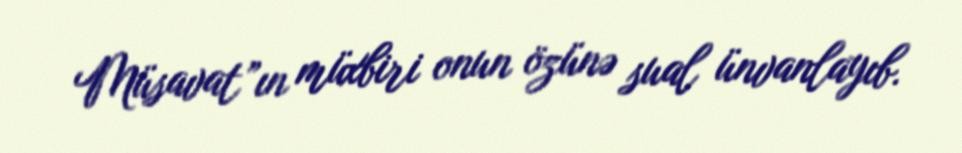
Müsavat”ın müxbiri onun özünə sual ünvanlayıb.